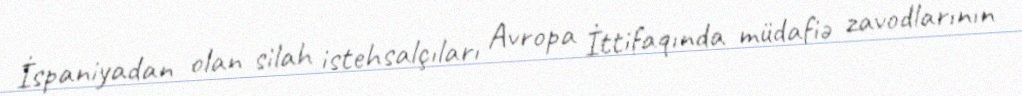
İspaniyadan olan silah istehsalçıları Avropa İttifaqında müdafiə zavodlarının